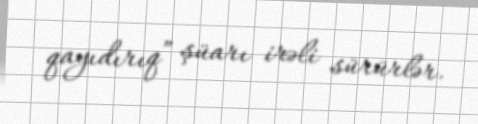
qayıdırıq” şüarı irəli sürürlər.